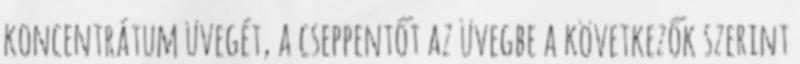
koncentrátum üvegét, a cseppentőt az üvegbe a következők szerint